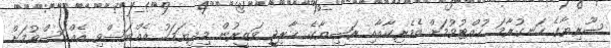
ސޫރިޔާގެ ހަނގުރާމަ ހުއްޓުވުމަށް އެމެރިކާއާއި ރަޝިޔާގެ ޚާރިޖީ ވަޒީރުން މިދިޔަމަހު އެއްބަސްވި އެއްބަސްވުމަށް